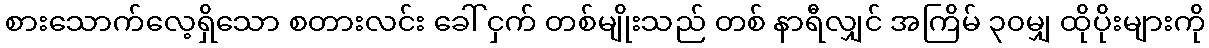
စားသောက်လေ့ရှိသော စတားလင်း ခေါ် ငှက် တစ်မျိုးသည် တစ် နာရီလျှင် အကြိမ် ၃၀မျှ ထိုပိုးများကို